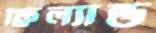
ফ্রিল্যান্ড